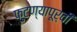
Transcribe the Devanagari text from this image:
फुटण्यापूर्वी